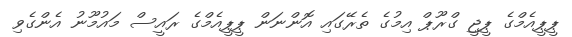
ޕީޕީއެމްގެ ޕީޖީ ގްރޫޕް އިމުގެ ތެރޭގައި އޮންނަން ޕީޕީއެމްގެ ރައީސް މައުމޫނު އެންގެވި